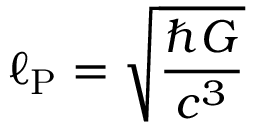
\ell _ { \mathrm { P } } = { \sqrt { \frac { \hbar G } { c ^ { 3 } } } }